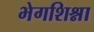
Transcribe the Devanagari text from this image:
भेगशिश्ना